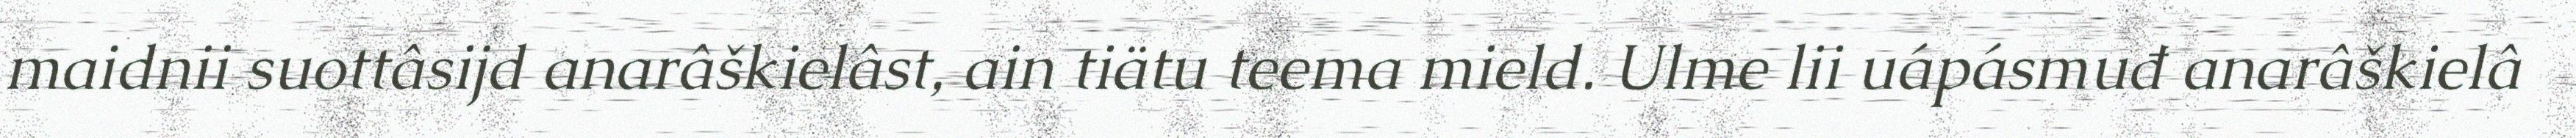
maidnii suottâsijd anarâškielâst, ain tiätu teema mield. Ulme lii uápásmuđ anarâškielâ